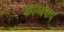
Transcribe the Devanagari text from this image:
काव्यरुप